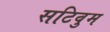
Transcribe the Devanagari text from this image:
सटिवुम